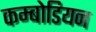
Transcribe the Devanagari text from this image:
कम्बोडियन